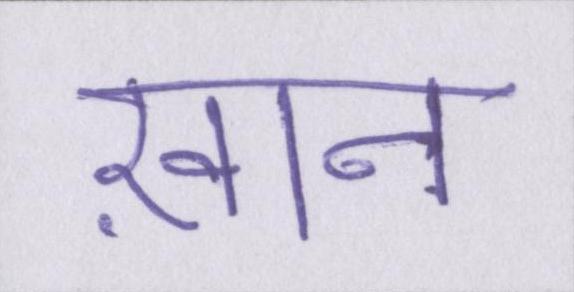
ख़ान